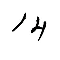
14